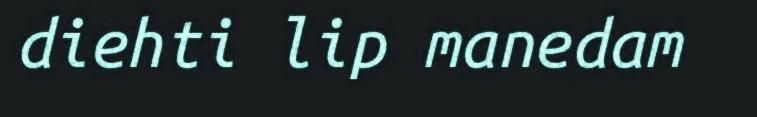
diehti lip manedam